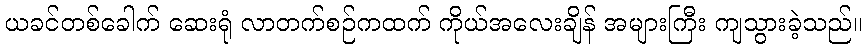
ယခင်တစ်ခေါက် ဆေးရုံ လာတက်စဉ်ကထက် ကိုယ်အလေးချိန် အများကြီး ကျသွားခဲ့သည်။